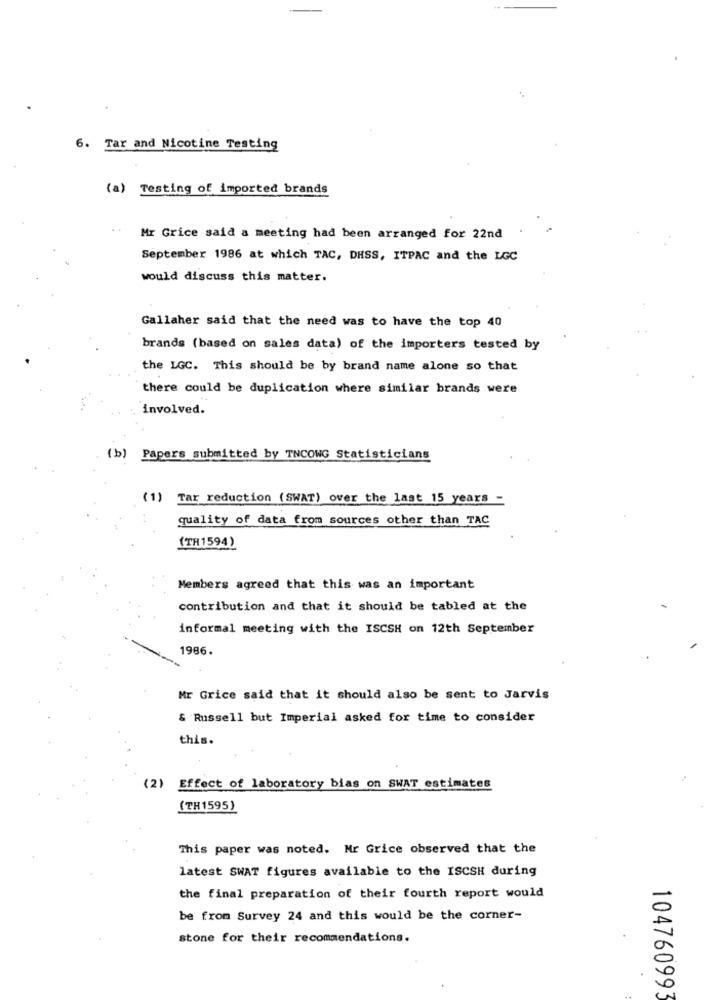
6. Tar and Nicotine Testing
(a) Testing of imported brands
..
Mr Grice said a meeting had been arranged for 22nd
September 1986 at which TAC, DHSS, ITPAC and the LGC
would discuss this matter.
Gallaher said that the need was to have the top 40
brands (based on sales data) of the importers tested by
the LGC. This should be by brand name alone so that
there could be duplication where similar brands were
involved.
( b) Papers submitted by TNCOWG Statisticians
(1)
Tar reduction (SWAT) over the last 15 years -
quality of data from sources other than TAC
(TH1594)
Members agreed that this was an important
contribution and that it should be tabled at the
informal meeting with the ISCSH on 12th September
1986.
Mr Grice said that it should also be sent to Jarvis
& Russell but Imperial asked for time to consider
this.
(2) Effect of laboratory bias on SWAT estimates
(TH1595)
This paper was noted. Mr Grice observed that the
latest SWAT figures available to the ISCSH during
the final preparation of their fourth report would
be from Survey 24 and this would be the corner-
stone for their recommendations.
104760993